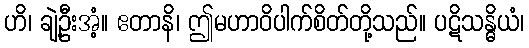
ဟိ၊ ချဲ့ဦးအံ့။ ဧတာနိ၊ ဤမဟာဝိပါက်စိတ်တို့သည်။ ပဋိသန္ဓိယံ၊